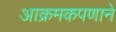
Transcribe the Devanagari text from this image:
आक्रमकपणाने